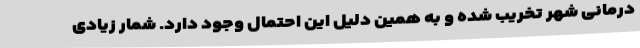
درمانی شهر تخریب شده و به همین دلیل این احتمال وجود دارد. شمار زیادی